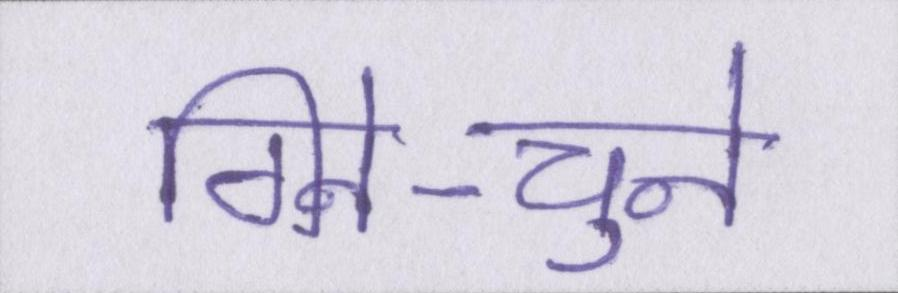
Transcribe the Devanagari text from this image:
गिने-चुने